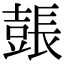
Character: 𨲗